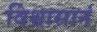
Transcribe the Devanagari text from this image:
विश्वासानं